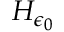
H _ { \epsilon _ { 0 } }